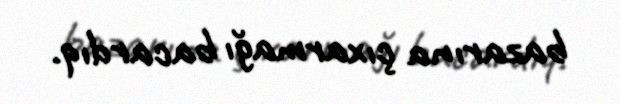
bazarına çıxarmağı bacardıq.